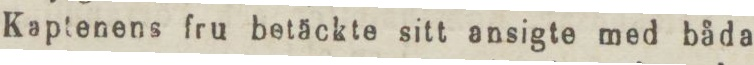
Kaptenens fru betäckte sitt ansigte med båda